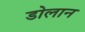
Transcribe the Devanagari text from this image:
डोलान